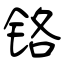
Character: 铬